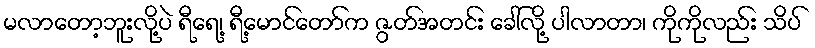
မလာတော့ဘူးလို့ပဲ ရီရေ့၊ ရီ့မောင်တော်က ဇွတ်အတင်း ခေါ်လို့ ပါလာတာ၊ ကိုကိုလည်း သိပ်